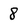
Character: 8